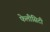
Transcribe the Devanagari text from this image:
फेलीसिटी